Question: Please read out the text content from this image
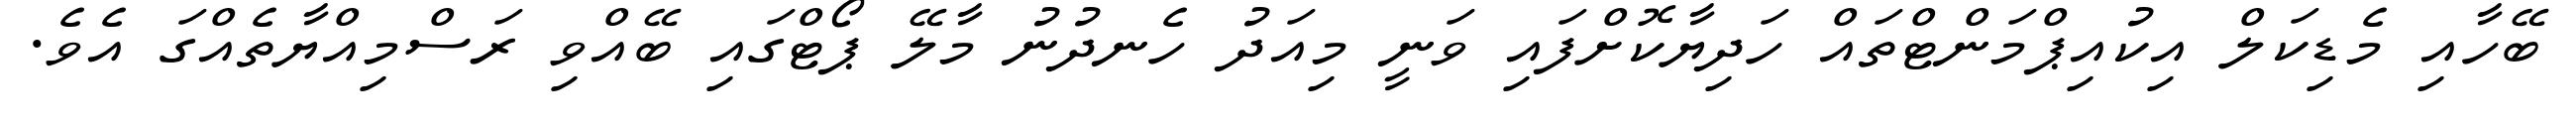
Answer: ބޭހާއި މެޑިކަލް އިކުއިޕްމަންޓްތައް ހަދިޔާކޮށްފައި ވަނީ މިއަދު ހެނދުނު މާލޭ ޕޯޓްގައި ބޭއްވި ރަސްމިއްޔާތެއްގަ އެވެ.